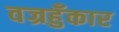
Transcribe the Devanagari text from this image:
वज्रहुँकार